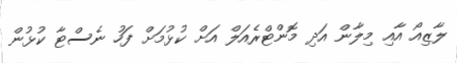
ލާޒިއޯ އާއި މިލާން އަދި މޮންޓްރެއަލް އަށް ކުޅުމަށް ފަހު ނެސްޓާ ކުޅުން